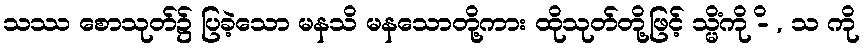
သဿ စောသုတ်၌ ပြခဲ့သော မနသိ မနသောတို့ကား ထိုသုတ်တို့ဖြင့် သ္မိံကို -ိ , သ ကို